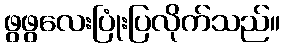
ဖွဖွလေးပြုံးပြလိုက်သည်။